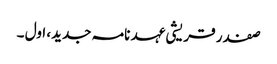
صفدر قریشی عہد نامہ جدید، اول ۔